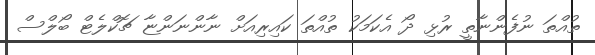
ތުއްތަ ނުފެންނާތީ ރުޅި ދޯ އެކަމަކު ތުއްތަ ކައިރިއަށް ނާންނަންޏާ ޗޮކްލެޓް ބޯލްސް